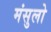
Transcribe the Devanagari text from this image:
मंसुलो